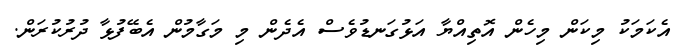
އެކަމަކު މިކަން މިހެން އޮތިއްޔާ އަޅުގަނޑުވެސް އެދެން މި މަގާމުން އެބޭފުޅާ ދުރުކުރަން.